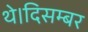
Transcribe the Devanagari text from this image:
थे।दिसम्बर